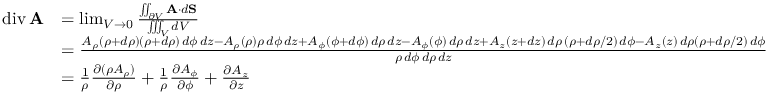
{ \begin{array} { r l } { \operatorname { d i v } \mathbf { A } } & { = \operatorname* { l i m } _ { V \to 0 } { \frac { \iint _ { \partial V } \mathbf { A } \cdot d \mathbf { S } } { \iiint _ { V } d V } } } \\ & { = { \frac { A _ { \rho } ( \rho + d \rho ) ( \rho + d \rho ) \, d \phi \, d z - A _ { \rho } ( \rho ) \rho \, d \phi \, d z + A _ { \phi } ( \phi + d \phi ) \, d \rho \, d z - A _ { \phi } ( \phi ) \, d \rho \, d z + A _ { z } ( z + d z ) \, d \rho \, ( \rho + d \rho / 2 ) \, d \phi - A _ { z } ( z ) \, d \rho ( \rho + d \rho / 2 ) \, d \phi } { \rho \, d \phi \, d \rho \, d z } } } \\ & { = { \frac { 1 } { \rho } } { \frac { \partial ( \rho A _ { \rho } ) } { \partial \rho } } + { \frac { 1 } { \rho } } { \frac { \partial A _ { \phi } } { \partial \phi } } + { \frac { \partial A _ { z } } { \partial z } } } \end{array} }